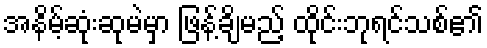
အနိမ့်ဆုံးဆုမဲမှာ ဖြန့်ချိမည့် ထိုင်းဘုရင်သစ်၏